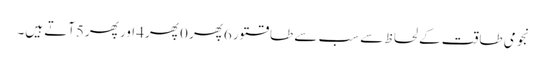
نجومی طاقت کے لحاظ سے سب سے طاقتور 6پھر 0 پھر4 اور پھر5آتے ہیں۔